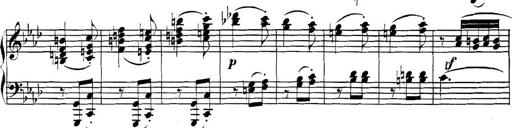
Title: Collected Piano Sonatas
Composer: Muzio Clementi